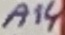
Text: A14